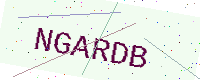
Text: NGARDB